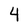
Character: 4